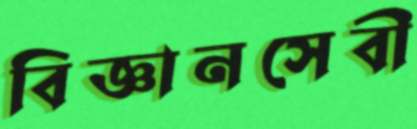
বিজ্ঞানসেবী